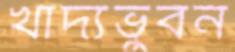
খাদ্যভুবন